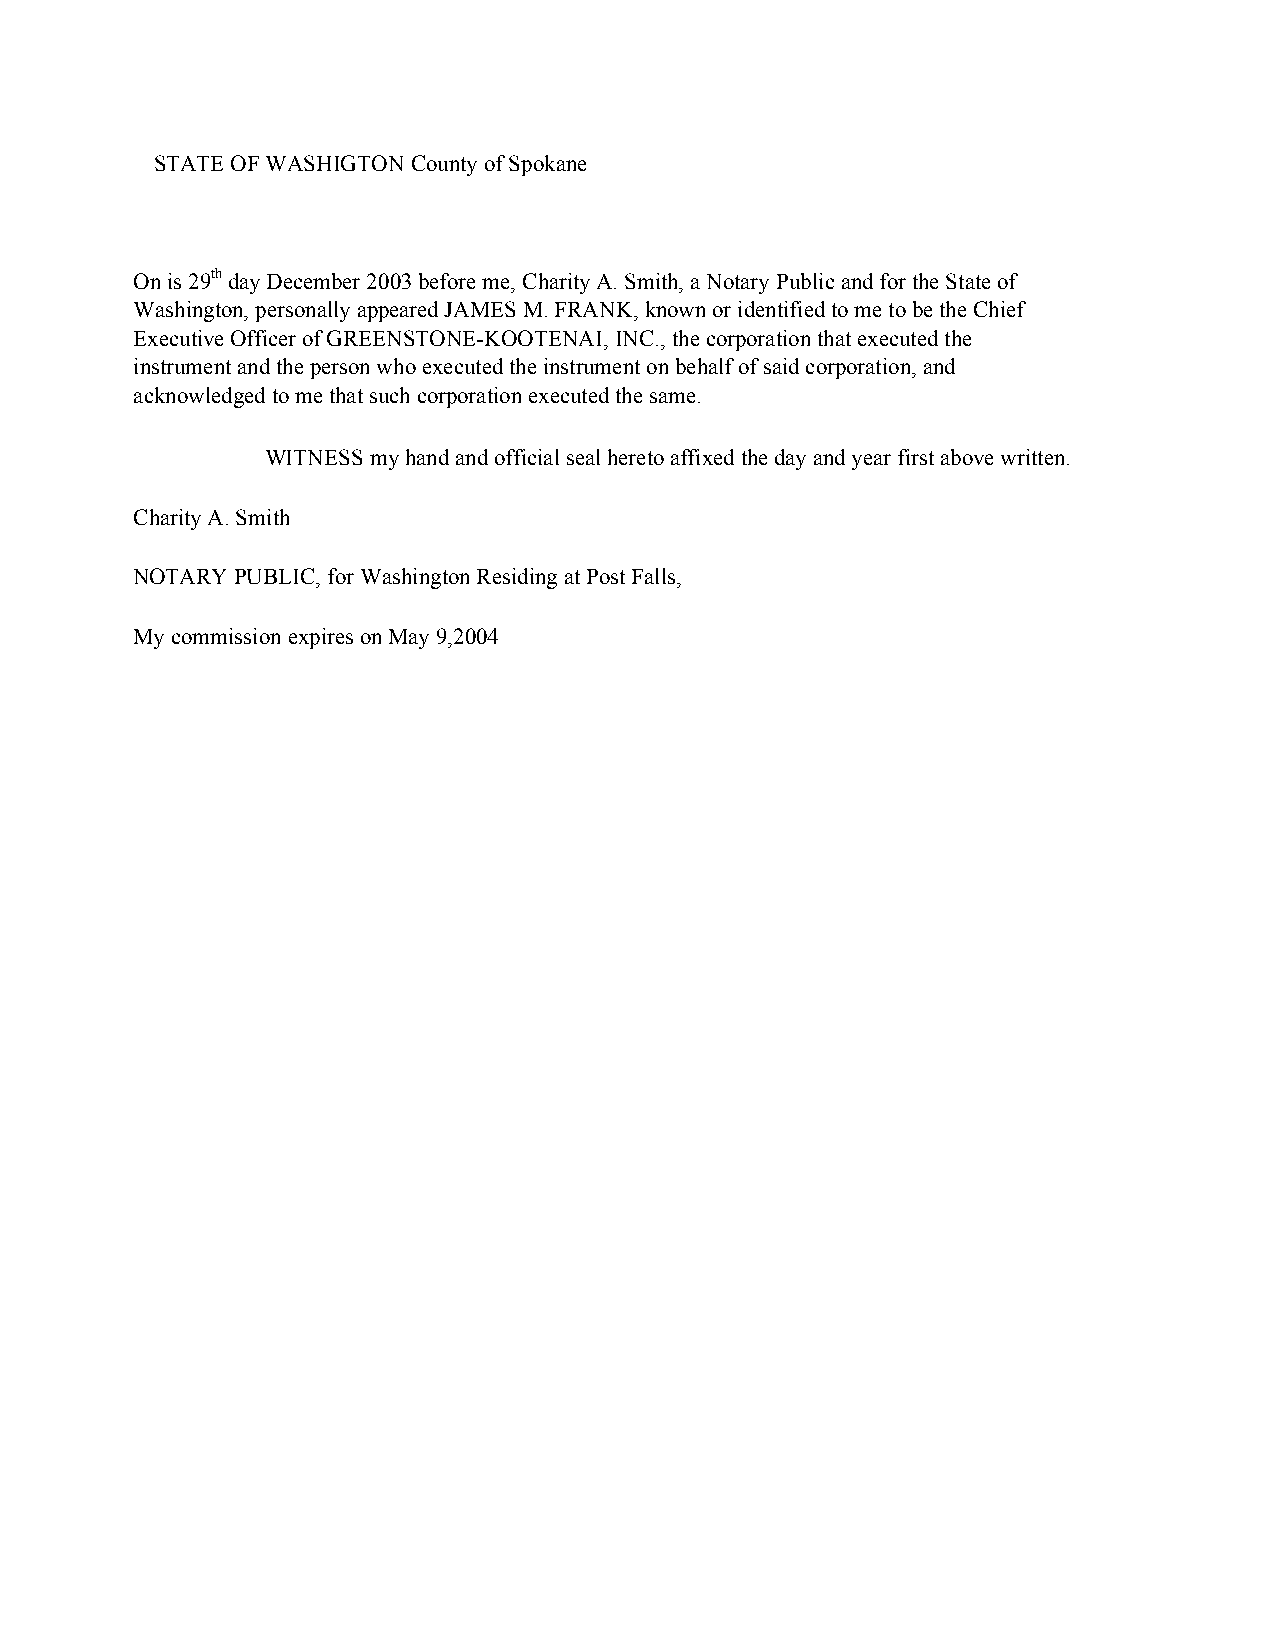
STATE OF WASHIGTON County of Spokane
 On is 29th day December 2003 before me, Charity A. Smith, a Notary Public and for the State of
 Washington, personally appeared JAMES M. FRANK, known or identified to me to be the Chief
 Executive Officer of GREENSTONE-KOOTENAI, INC., the corporation that executed the
 instrument and the person who executed the instrument on behalf of said corporation, and
 acknowledged to me that such corporation executed the same.
 WITNESS my hand and official seal hereto affixed the day and year first above written.
 Charity A. Smith
 NOTARY PUBLIC, for Washington Residing at Post Falls,
 My commission expires on May 9,2004